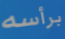
برأسه